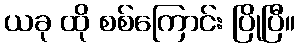
ယခု ထို စစ်ကြောင်း ပြိုပြီ။